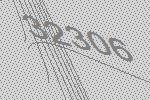
32306